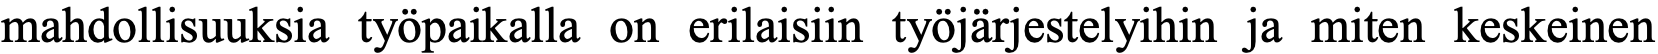
mahdollisuuksia työpaikalla on erilaisiin työjärjestelyihin ja miten keskeinen